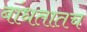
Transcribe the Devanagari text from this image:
बांधतातच